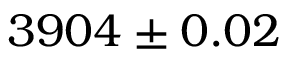
3 9 0 4 \pm 0 . 0 2